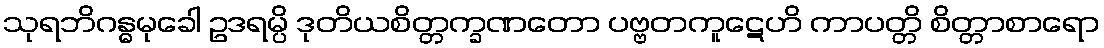
သုရဘိဂန္ဓမုခေါ ဥဒရမ္ပိ ဒုတိယစိတ္တက္ခဏတော ပဗ္ဗတကူဋေဟိ ကာပတ္တိ စိတ္တာစာရော